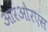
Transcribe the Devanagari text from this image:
आरओरएस